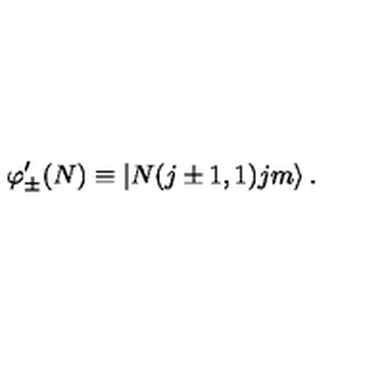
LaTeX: \varphi _ { \pm } ^ { \prime } ( N ) \equiv \left| N ( j \pm 1 , 1 ) j m \right\rangle .